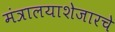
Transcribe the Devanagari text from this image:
मंत्रालयाशेजारचे